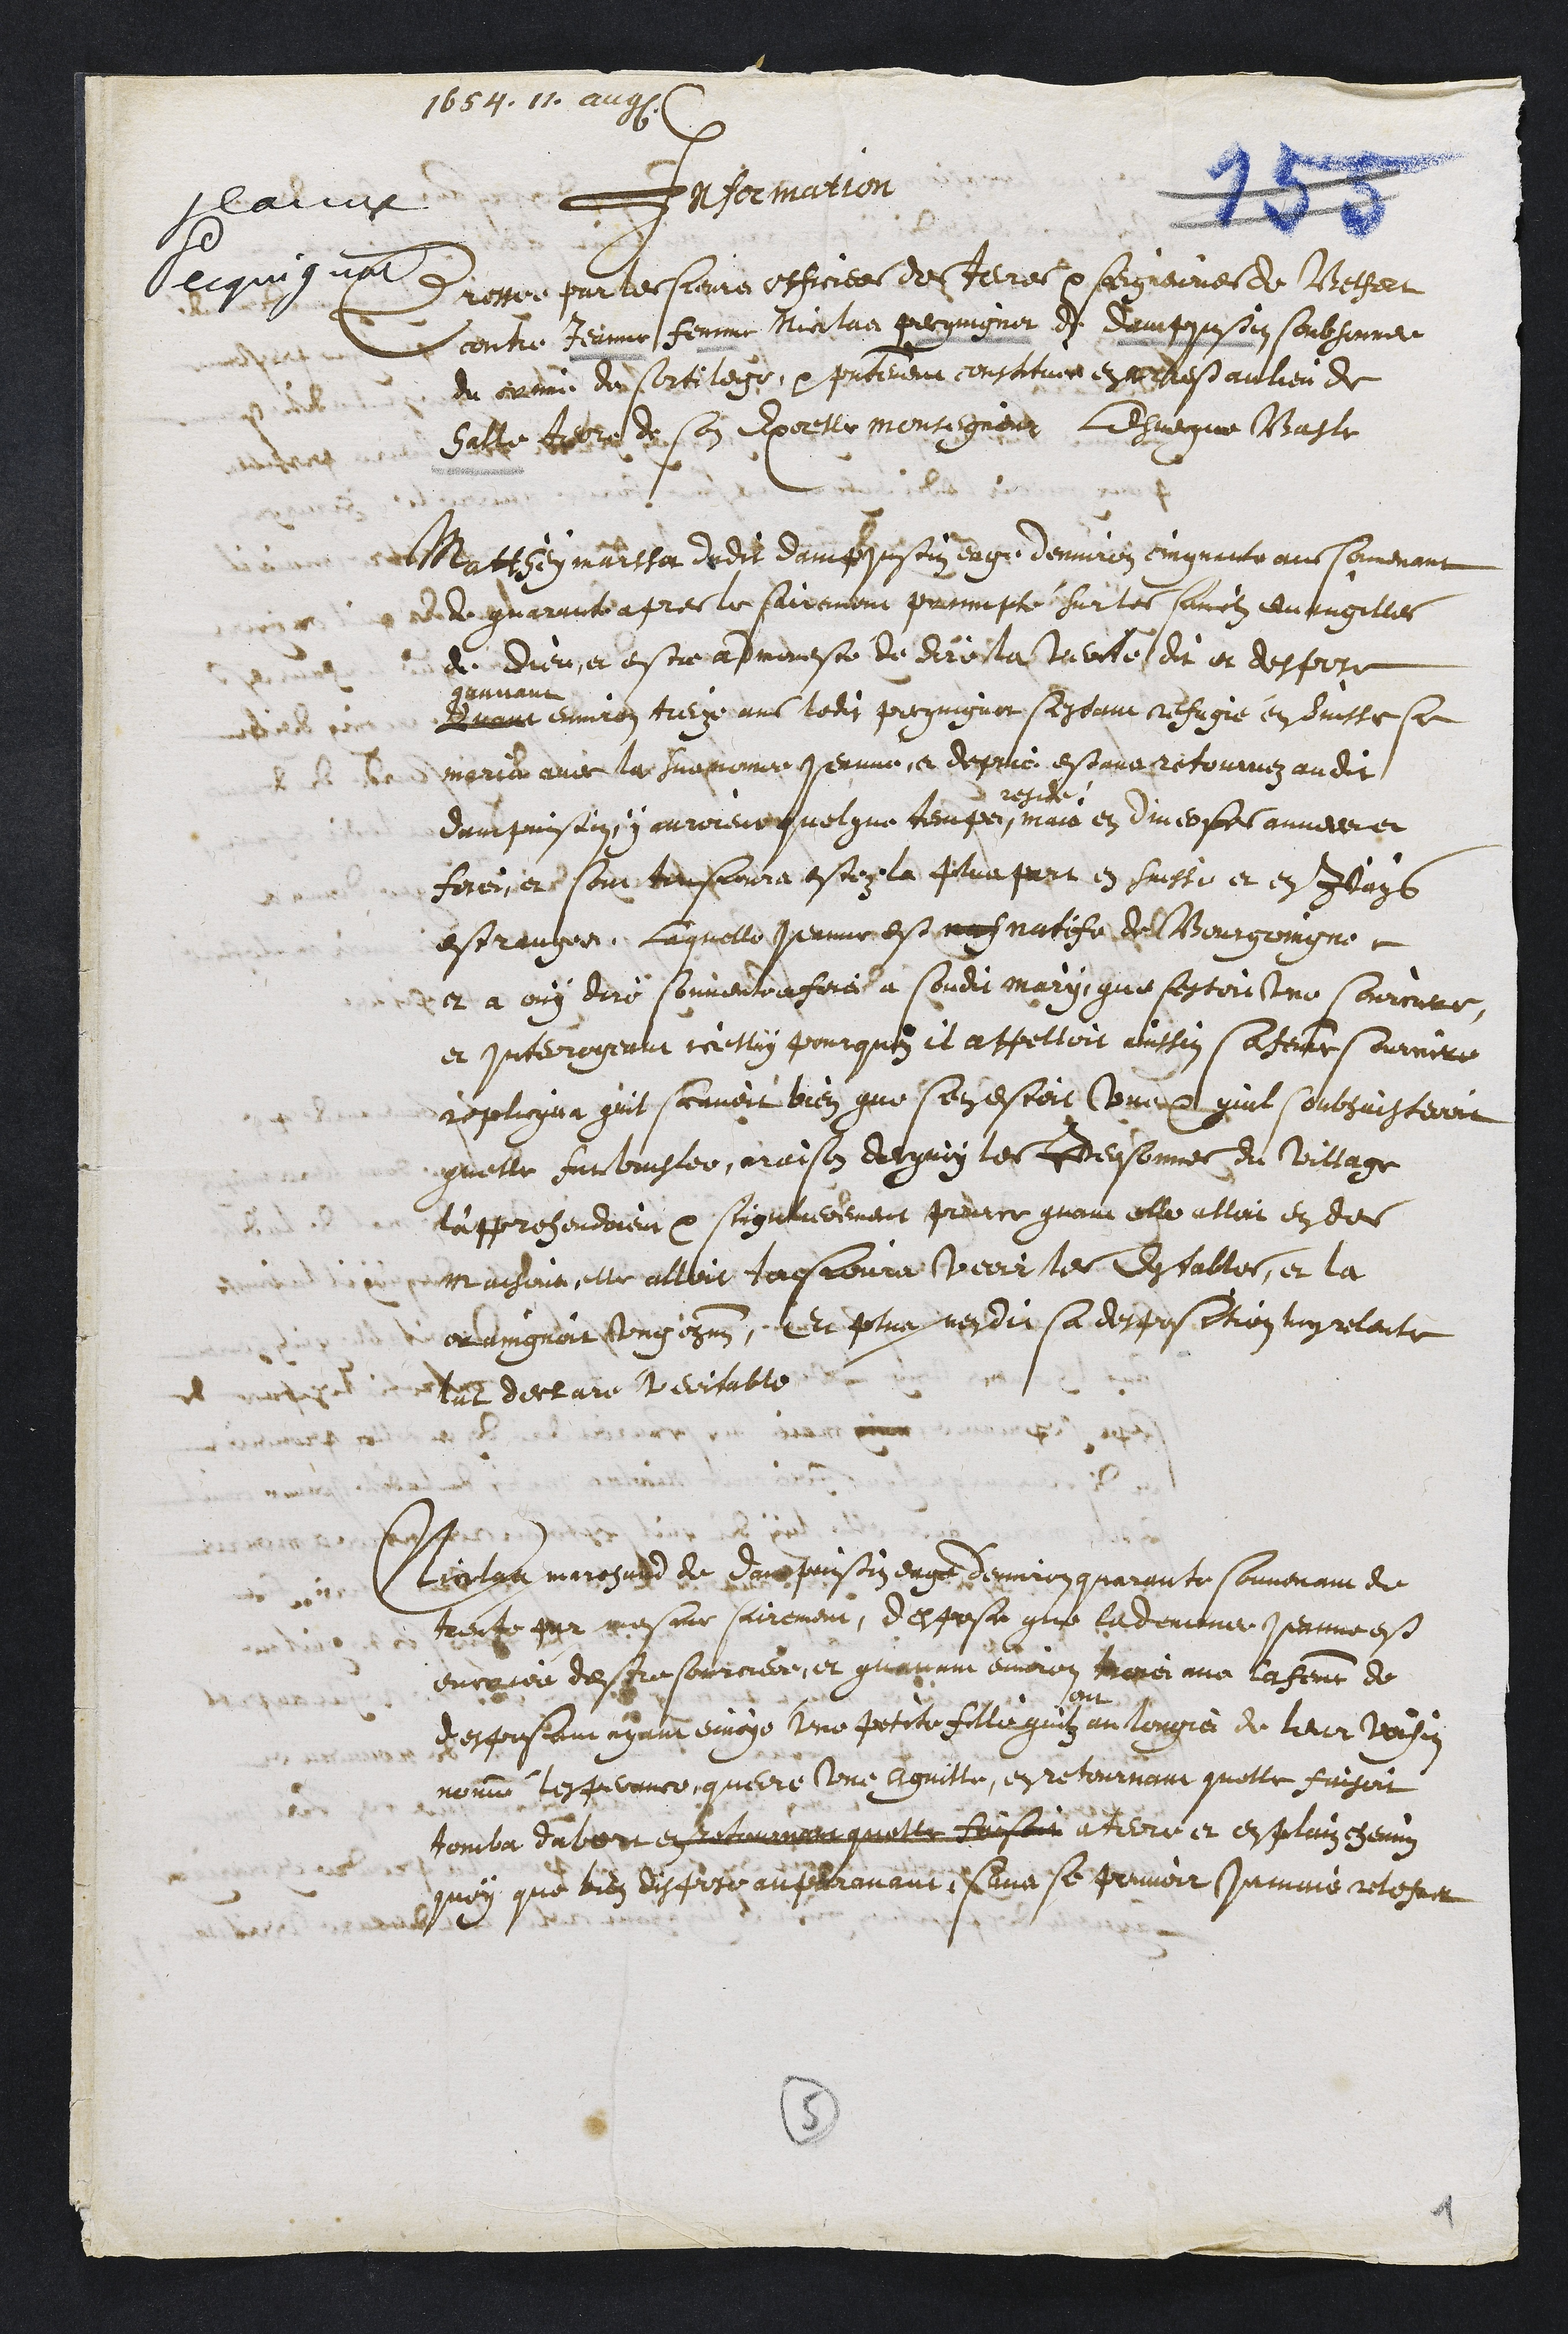
1654.11
la
eequi gat.
Information
Pressire pur les frmis effrciee de Ferres por sergneumes de Besset
contre Jeanne femme Nielae geqingner et domtsoin soubsenne
du cuenit din Cortileige p prsectement constures et dess aulieu de
Satte frerre de son Epcrhle monrigiers lareque Maste
Matteynautsa de dit damfse souydeugé demnez cngquaito ans semement
dd gnaruite apres le fairement parmepté sur les sanolz demangilles
et Dieu et estre apremeste de dire la Nuoite dit et deppoe
Buant
gaanant
ennviron trerx ans ledit preguignot sappant sfugie en eausse se
Ingridr avec la Supromte erre, et depris estant retoumez audit
damprisin y ourorenc quelque temps
d’resie
mais en dineo sesonnee et
Ferois er sonr ten fremra estéz la plurapart en fuissi et en Jeags
estraungoit, laquelle Permit est nasmatise del Bourgoingne
et a ouy diros souventon fere a sondit mary que lestonstne sourmte
et interroyentt coelly pourquez il appeltoit aussin satene smumere
depliqua guit scouvoit bien que se estoit Corcet quil soubjuisteurs
quelle surbomster, craison der guy les cdersonnes du Village
Aapprehendoieu par soingulueement penice grani elfo attoit en des
Maishoin elle alloit tafroura Pecorrstes Estables, et la
onvingnoit vongcgmes, du ptur nen dir sa despos ation ay pelante
tut declare Nerisable
Measoa maigee de Doosainstiy enux d’enuin gmaiante somenaet
treut sar mesme sairement, despose que lademein Perrne est
encoiéu despusorrciere, et quayiain emoron troyci ma laheur de
Desporsaut ayant envoye Nne petite fillin quilz anlougio de leur vousy
monme tesfebance querre sene Eguilte, et retournant quelle faisoit
tomba dabort en tvaun quelle Raisoir atiere et en pluins chemme
quoy que tren dis fiss auslravant denir se pruvoir Jjamine mtesr